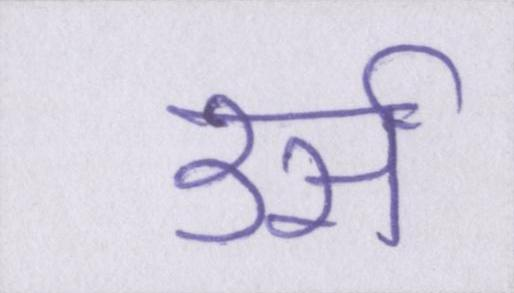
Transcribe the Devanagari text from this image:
उर्स